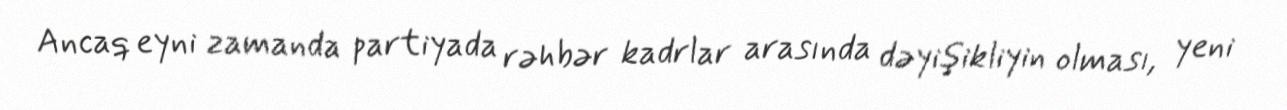
Ancaq eyni zamanda partiyada rəhbər kadrlar arasında dəyişikliyin olması, yeni